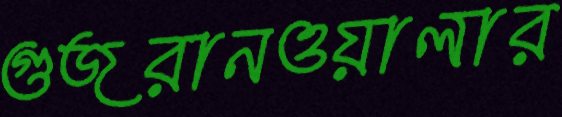
গুজরানওয়ালার